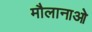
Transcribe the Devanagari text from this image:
मौलानाओ